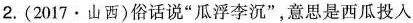
2. (2017 · 山西)俗话说“瓜浮李沉”，意思是西瓜投入